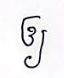
ឲ្យ